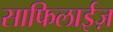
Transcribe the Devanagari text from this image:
साफिलाईज़